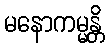
မနောကမ္မန္တိ